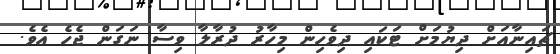
ޗައިނާއަށް ދިޔުމަށް ޓަކައި ދިވެހިން މިހާރު ދުރާލާ ވިސާ ނަގަން ޖެހެ އެވެ.